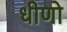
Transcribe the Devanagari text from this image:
धीणो